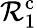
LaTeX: \mathcal{R}_{1}^{\mathrm{c}}